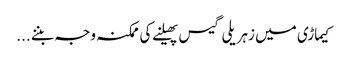
کیماڑی میں زہریلی گیس پھیلنے کی ممکنہ وجہ بننے ...